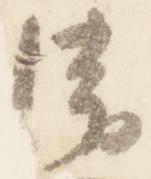
清